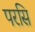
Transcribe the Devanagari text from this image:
परसि